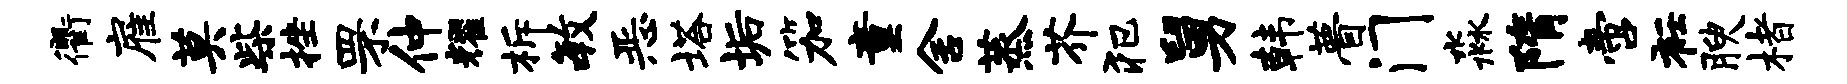
衢雇莫柴挫罘仲耀柝毓恶塔垢笳童舍蒸芥犯舅韩瞢门淼隋啻衽腴楮